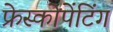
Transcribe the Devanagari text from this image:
फ्रेस्कोपेंटिंग